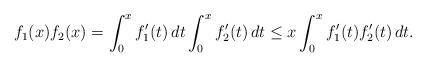
LaTeX: \begin{align*} f_1(x)f_2(x) = \int_0^x f_1'(t)\,dt \int_0^x f_2'(t)\,dt \leq x\int_0^x f_1'(t)f_2'(t)\,dt. \end{align*}